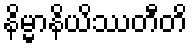
နိမ္မာနိယိဿတီတိ